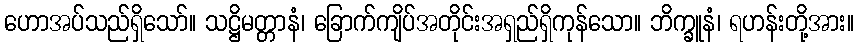
ဟောအပ်သည်ရှိသော်။ သဋ္ဌိမတ္တာနံ၊ ခြောက်ကျိပ်အတိုင်းအရှည်ရှိကုန်သော။ ဘိက္ခူနံ၊ ရဟန်းတို့အား။